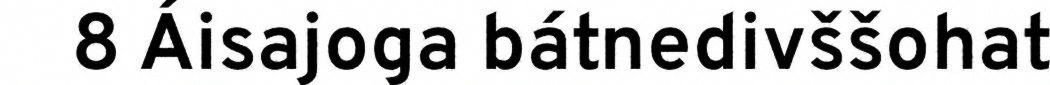
8 Áisajoga bátnedivššohat